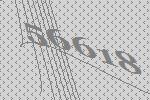
56618